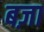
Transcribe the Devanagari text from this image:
बज़ा